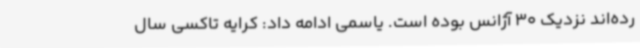
رده‌اند نزدیک 30 آژانس بوده است. یاسمی ادامه داد: کرایه تاکسی سال